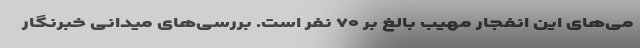
می‌‌های این انفجار مهیب بالغ بر ۷۰ نفر است. بررسی‌های میدانی خبرنگار